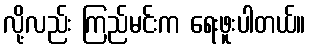
လို့လည်း ကြည်မင်းက ရေးဖူးပါတယ်။